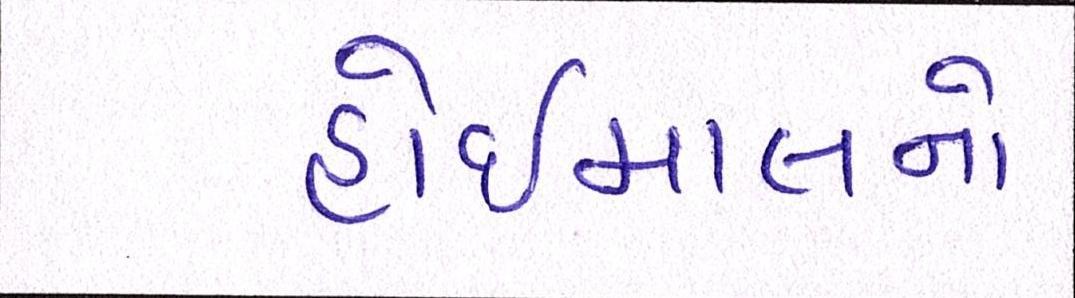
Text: હોઇમાલનો